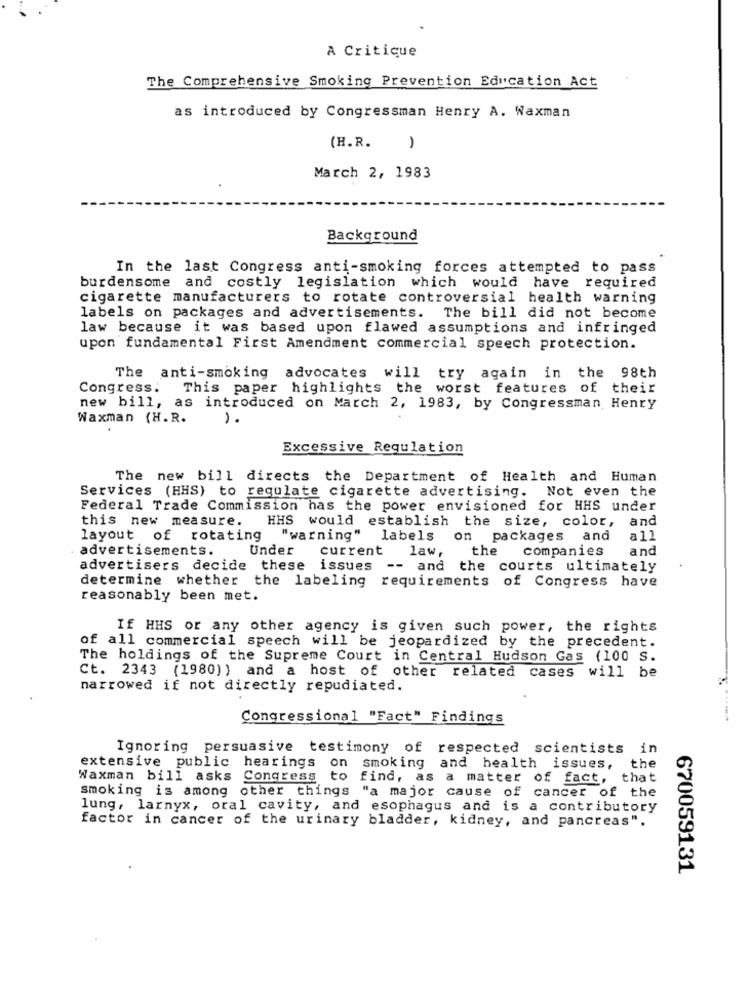
A Critique
The Comprehensive Smoking Prevention Education Act
as introduced by Congressman Henry A. Waxman
(H.R.
1
March 2, 1983
Background
In the last Congress anti-smoking forces attempted to pass
burdensome and costly legislation which would have required
cigarette manufacturers to rotate controversial health warning
labels on packages and advertisements. The bill did not become
law because it was based upon flawed assumptions and infringed
upon fundamental First Amendment commercial speech protection.
The anti-smoking advocates will try again in the 98th
Congress.
This paper highlights the worst features of their
new bill, as introduced on March 2, 1983, by Congressman Henry
Waxman (H.R.
1.
Excessive Regulation
The new bill directs the Department of Health and Human
Services (HHS) to regulate cigarette advertising.
Not even the
Federal Trade Commission has the power envisioned for HHS under
this new measure.
HHS would establish the size, color, and
layout of rotating
"warning" labels on packages and
all
. advertisements.
Under
current
law,
the
companies
and
advertisers decide these issues
-- and the courts ultimately
determine whether the labeling requirements of Congress have
reasonably been met.
If HHS or any other agency is given such power, the rights
of all commercial speech will be jeopardized by the precedent.
The holdings of the Supreme Court in Central Hudson Gas (100 S.
Ct. 2343 (1980)) and a host of other related cases will be
narrowed if not directly repudiated.
Congressional "Fact" Findings
-------
Ignoring persuasive testimony of respected scientists in
extensive public hearings
on smoking and health issues, the
Waxman bill asks Congress to find, as a matter of fact, that
smoking is among other things "a major cause of cancer of the
lung, larnyx, oral cavity, and esophagus and is a contributory
factor in cancer of the urinary bladder, kidney, and pancreas".
670059131